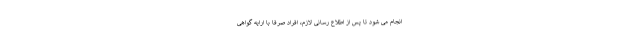
انجام می شود تا پس از اطلاع رسانی لازم، افراد صرفا با ارایه گواهی